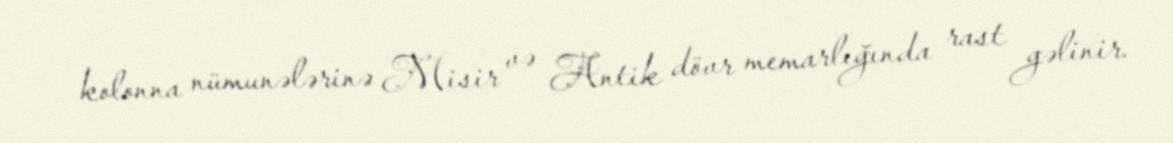
kolonna nümunələrinə Misir və Antik dövr memarlığında rast gəlinir.